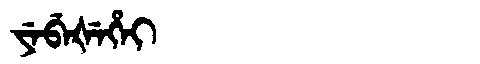
Manchu: ᠶᡝᠪᡝᡧᡝᡥᡝᡳ
Romanization: YEBEŠEHEI